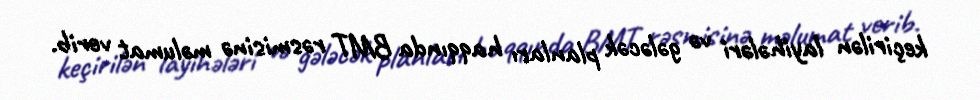
keçirilən layihələri və gələcək planları haqqında BMT rəsmisinə məlumat verib.